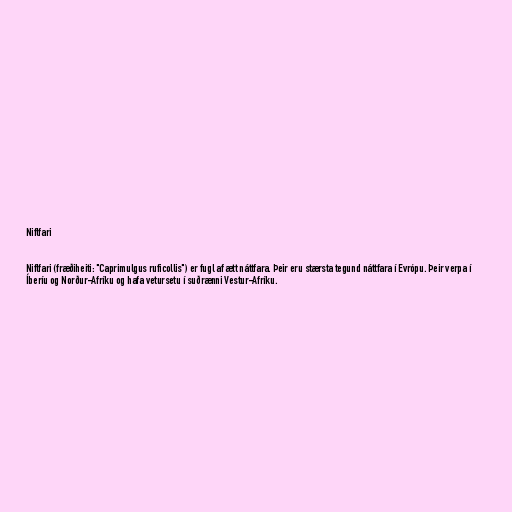
Niflfari

Niflfari (fræðiheiti: "Caprimulgus ruficollis") er fugl af ætt náttfara. Þeir eru stærsta tegund náttfara í Evrópu. Þeir verpa í
Íberíu og Norður-Afríku og hafa vetursetu í suðrænni Vestur-Afríku.